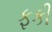
ફકી